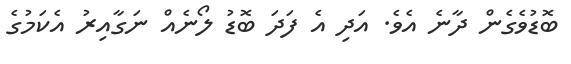
ބޮޑުވެގެން ދާނެ އެވެ. އަދި އެ ފަދަ ބޮޑު ލޯނެއް ނަގާއިރު އެކަމުގެ